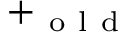
+ _ { \mathrm { ~ o ~ l ~ d ~ } }